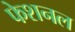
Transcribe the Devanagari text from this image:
फेशनल